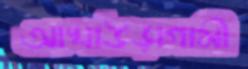
আখাউড়াগামী